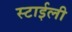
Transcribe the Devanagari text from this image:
स्टाईली